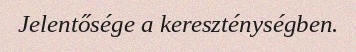
Jelentősége a kereszténységben.